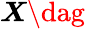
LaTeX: \boldsymbol{\mathit{X}\dag}